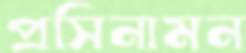
প্রসিনামন